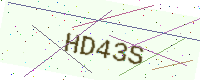
Text: HD43S